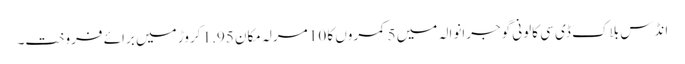
انڈس بلاک ڈی سی کالونی گوجرانوالہ میں 5 کمروں کا 10 مرلہ مکان 1.95 کروڑ میں برائے فروخت۔